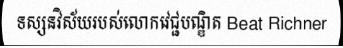
ទស្សនវិស័យរបស់លោកវេជ្ជបណ្ឌិត Beat Richner